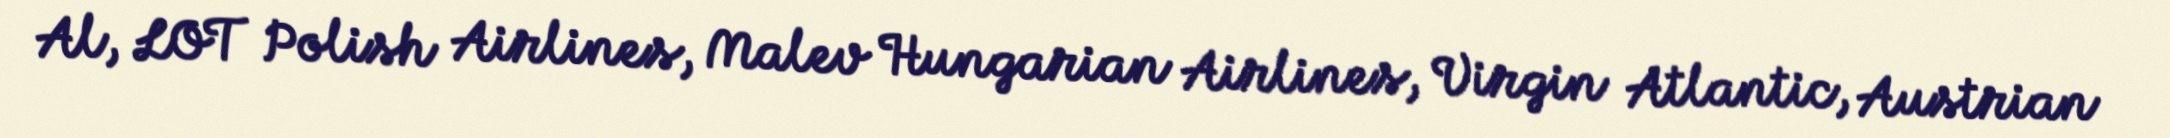
Al, LOT Polish Airlines, Malev Hungarian Airlines, Virgin Atlantic, Austrian